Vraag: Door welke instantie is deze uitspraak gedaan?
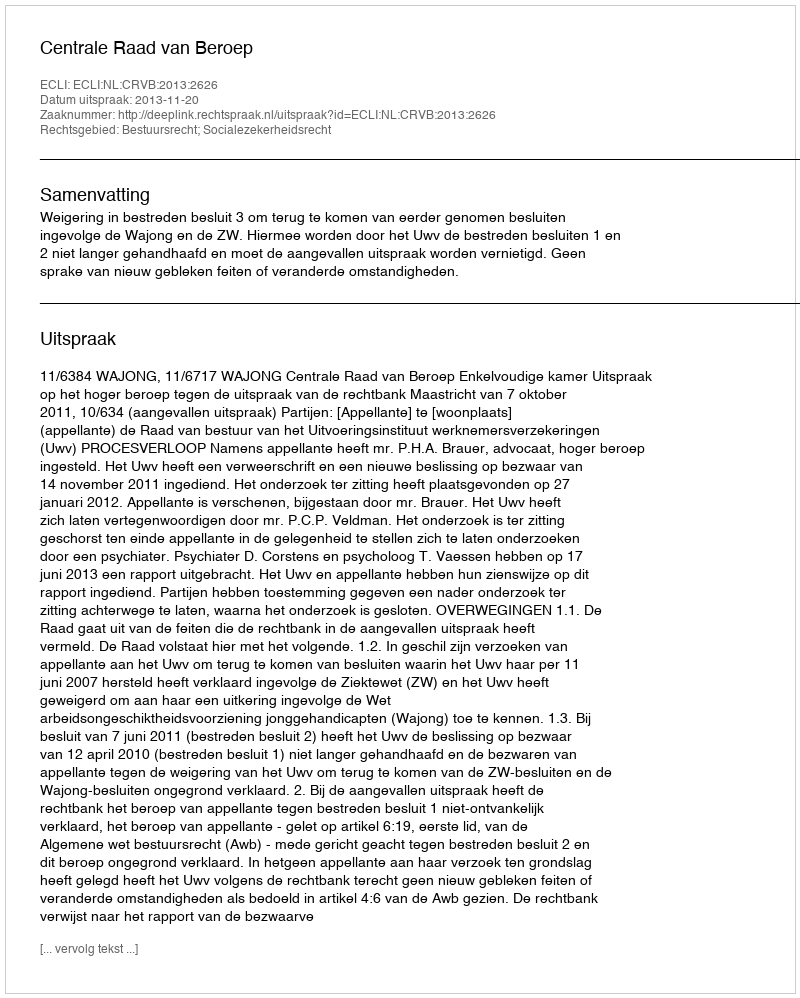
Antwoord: Centrale Raad van Beroep